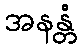
အနန္တံ